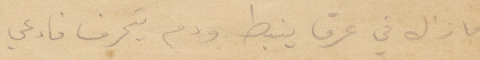
ما زال في عرق ينبط ودم يتحرف فادعي